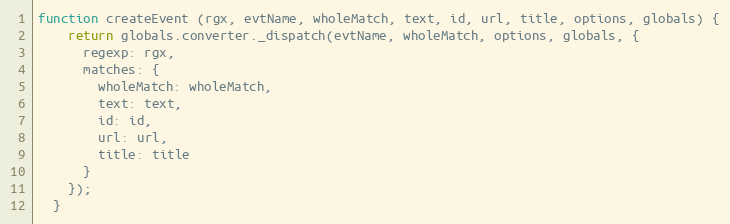
Language: JavaScript
function createEvent (rgx, evtName, wholeMatch, text, id, url, title, options, globals) {
    return globals.converter._dispatch(evtName, wholeMatch, options, globals, {
      regexp: rgx,
      matches: {
        wholeMatch: wholeMatch,
        text: text,
        id: id,
        url: url,
        title: title
      }
    });
  }